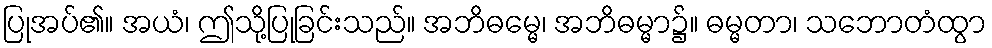
ပြုအပ်၏။ အယံ၊ ဤသို့ပြုခြင်းသည်။ အဘိဓမ္မေ၊ အဘိဓမ္မာ၌။ ဓမ္မတာ၊ သဘောတံထွာ